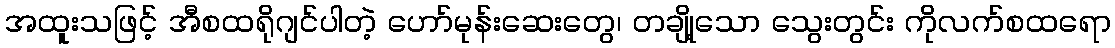
အထူးသဖြင့် အီစထရိုဂျင်ပါတဲ့ ဟော်မုန်းဆေးတွေ၊ တချို့သော သွေးတွင်း ကိုလက်စထရော